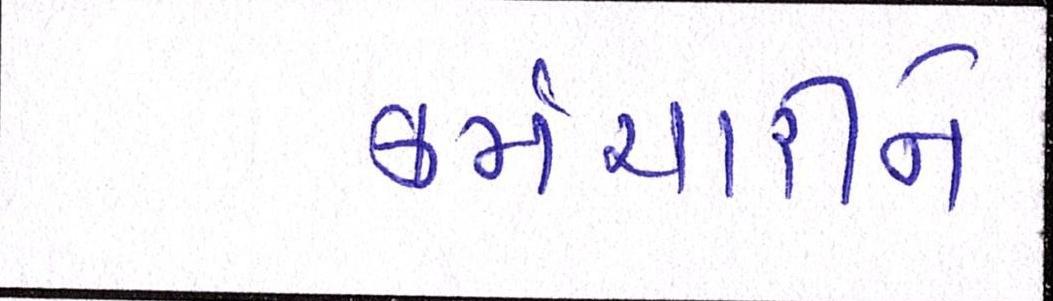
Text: કર્મચારીને